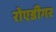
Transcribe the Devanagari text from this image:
रोएडीगर